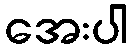
အေးပါ